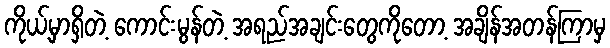
ကိုယ့်မှာရှိတဲ့ ကောင်းမွန်တဲ့ အရည်အချင်းတွေကိုတော့ အချိန်အတန်ကြာမှ